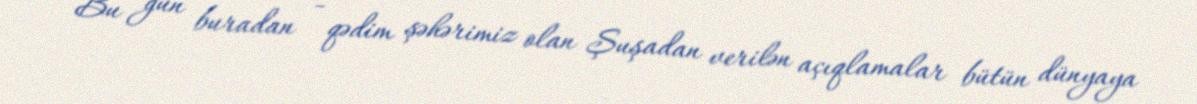
Bu gün buradan - qədim şəhərimiz olan Şuşadan verilən açıqlamalar bütün dünyaya